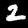
Label: 2